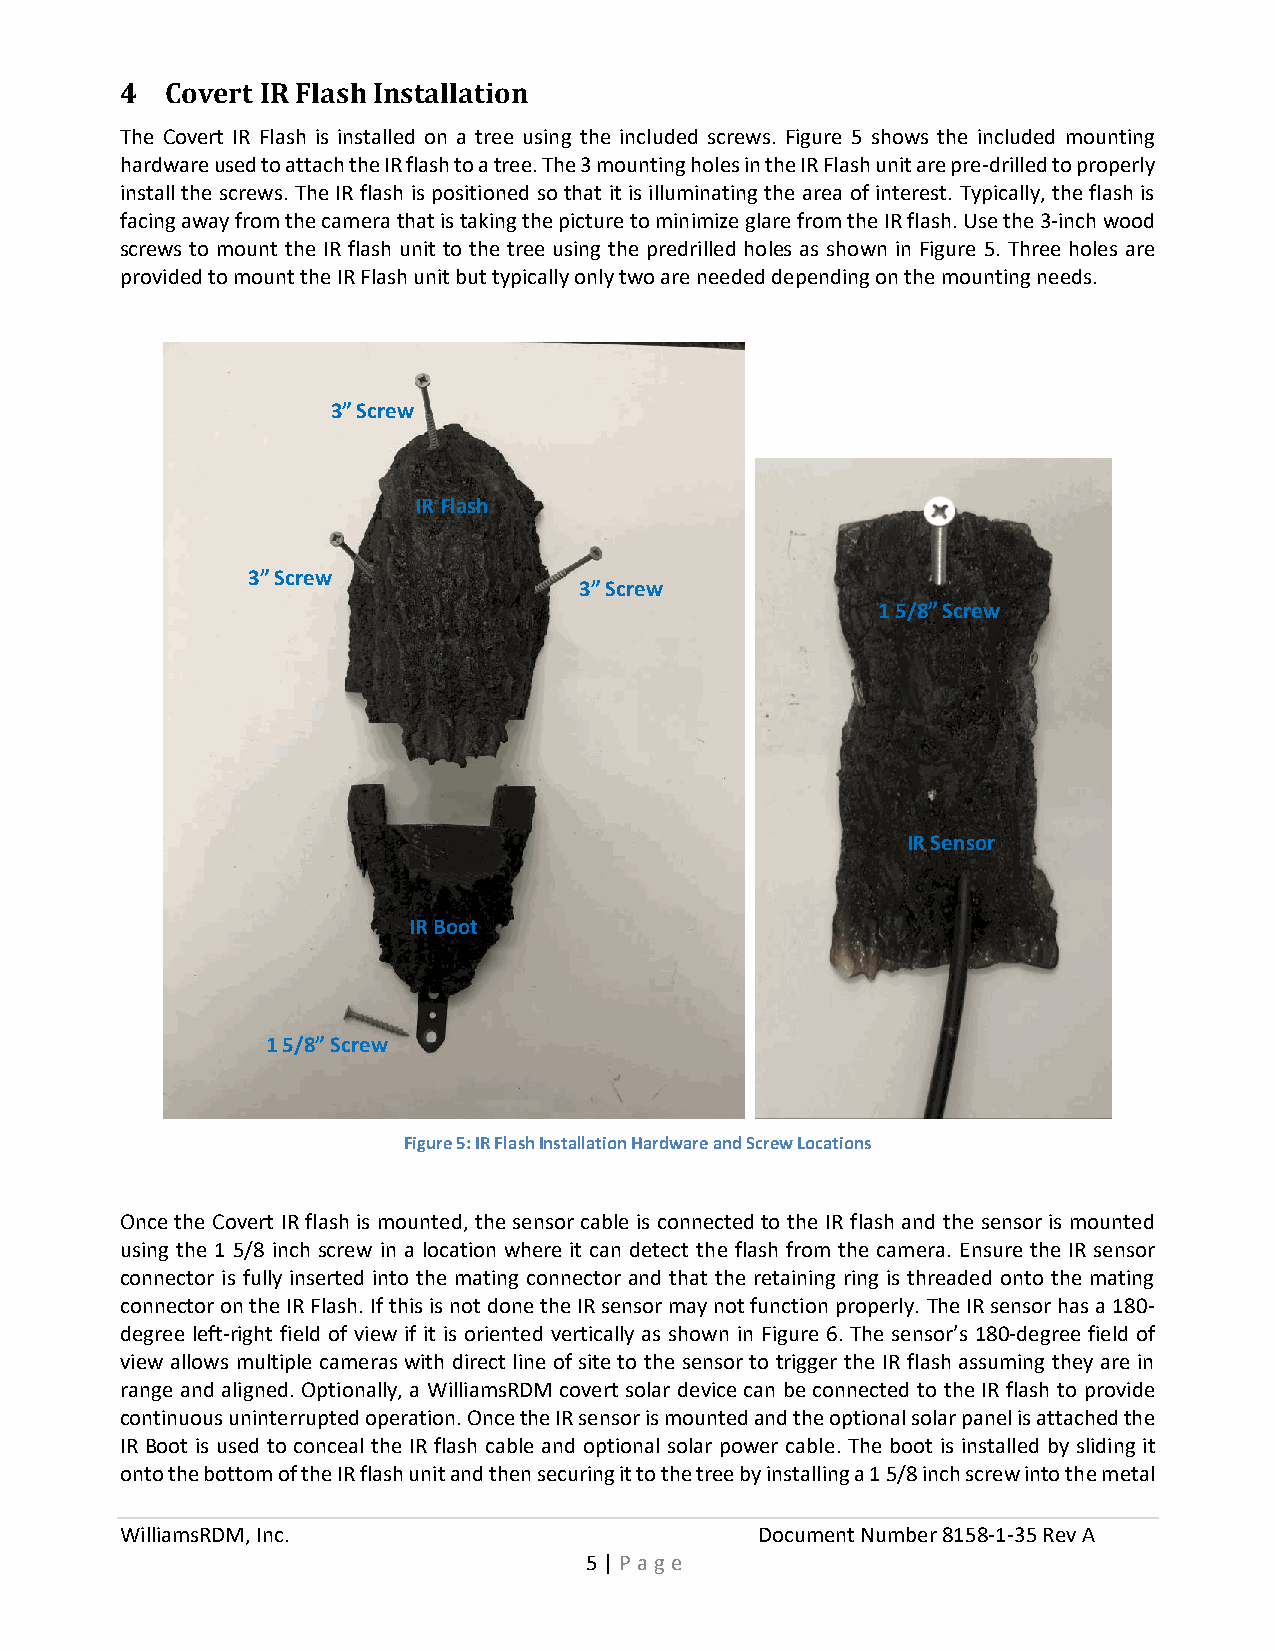
4  Covert IR Flash Installation
 The Covert IR Flash is installed on a tree using the included screws. Figure 5 shows the included mounting
 hardware used to attach the IR flash to a tree. The 3 mounting holes in the IR Flash unit are pre-drilled to properly
 install the screws. The IR flash is positioned so that it is illuminating the area of interest. Typically, the flash is
 facing away from the camera that is taking the picture to minimize glare from the IR flash. Use the 3-inch wood
 screws to mount the IR flash unit to the tree using the predrilled holes as shown in Figure 5. Three holes are
 provided to mount the IR Flash unit but typically only two are needed depending on the mounting needs.
 3” Screw
 IR Flash
 3” Screw
 3” Screw
 1 5/8” Screw
 IR Sensor
 IR Boot
 1 5/8” Screw
 Figure 5: IR Flash Installation Hardware and Screw Locations
 Once the Covert IR flash is mounted, the sensor cable is connected to the IR flash and the sensor is mounted
 using the 1 5/8 inch screw in a location where it can detect the flash from the camera. Ensure the IR sensor
 connector is fully inserted into the mating connector and that the retaining ring is threaded onto the mating
 connector on the IR Flash. If this is not done the IR sensor may not function properly. The IR sensor has a 180-
 degree left-right field of view if it is oriented vertically as shown in Figure 6. The sensor’s 180-degree field of
 view allows multiple cameras with direct line of site to the sensor to trigger the IR flash assuming they are in
 range and aligned. Optionally, a WilliamsRDM covert solar device can be connected to the IR flash to provide
 continuous uninterrupted operation. Once the IR sensor is mounted and the optional solar panel is attached the
 IR Boot is used to conceal the IR flash cable and optional solar power cable. The boot is installed by sliding it
 onto the bottom of the IR flash unit and then securing it to the tree by installing a 1 5/8 inch screw into the metal
 WilliamsRDM, Inc.                         Document Number 8158-1-35 Rev A
 5 | P a ge